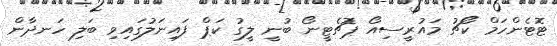
ޓޮޓެންހަމް ކޯޗު މައުރީސިއޯ ޕޮޗެޓީނޯ ބުނީ ލީގު ކަޕް ފައިނަލުގައިވި ބަލި ހަނދާން